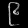
Digit: ၉